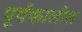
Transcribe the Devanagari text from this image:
पूर्वकालील